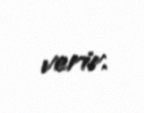
verir.